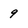
Character: 9